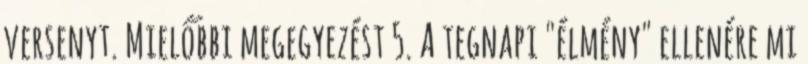
versenyt. Mielőbbi megegyezést 5. A tegnapi "élmény" ellenére mi